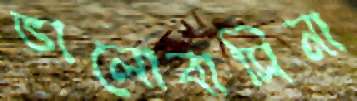
ভালোবাসিনা